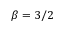
\beta = 3 / 2